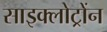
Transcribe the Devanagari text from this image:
साइक्लोट्रोंन